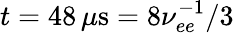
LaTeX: t=48\, \mu\mathrm{s}=8\nu_{ee}^{-1}/3